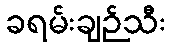
ခရမ်းချဉ်သီး